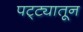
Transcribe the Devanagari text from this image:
पट्ट्यातून